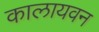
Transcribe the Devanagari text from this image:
कालायवन